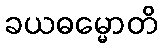
ခယဓမ္မောတိ